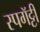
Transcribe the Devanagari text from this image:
स्पगॅट्टी